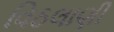
વિઠલાણી